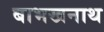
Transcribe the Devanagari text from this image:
बाभखनाथ